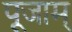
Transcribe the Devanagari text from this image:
पूजाम्